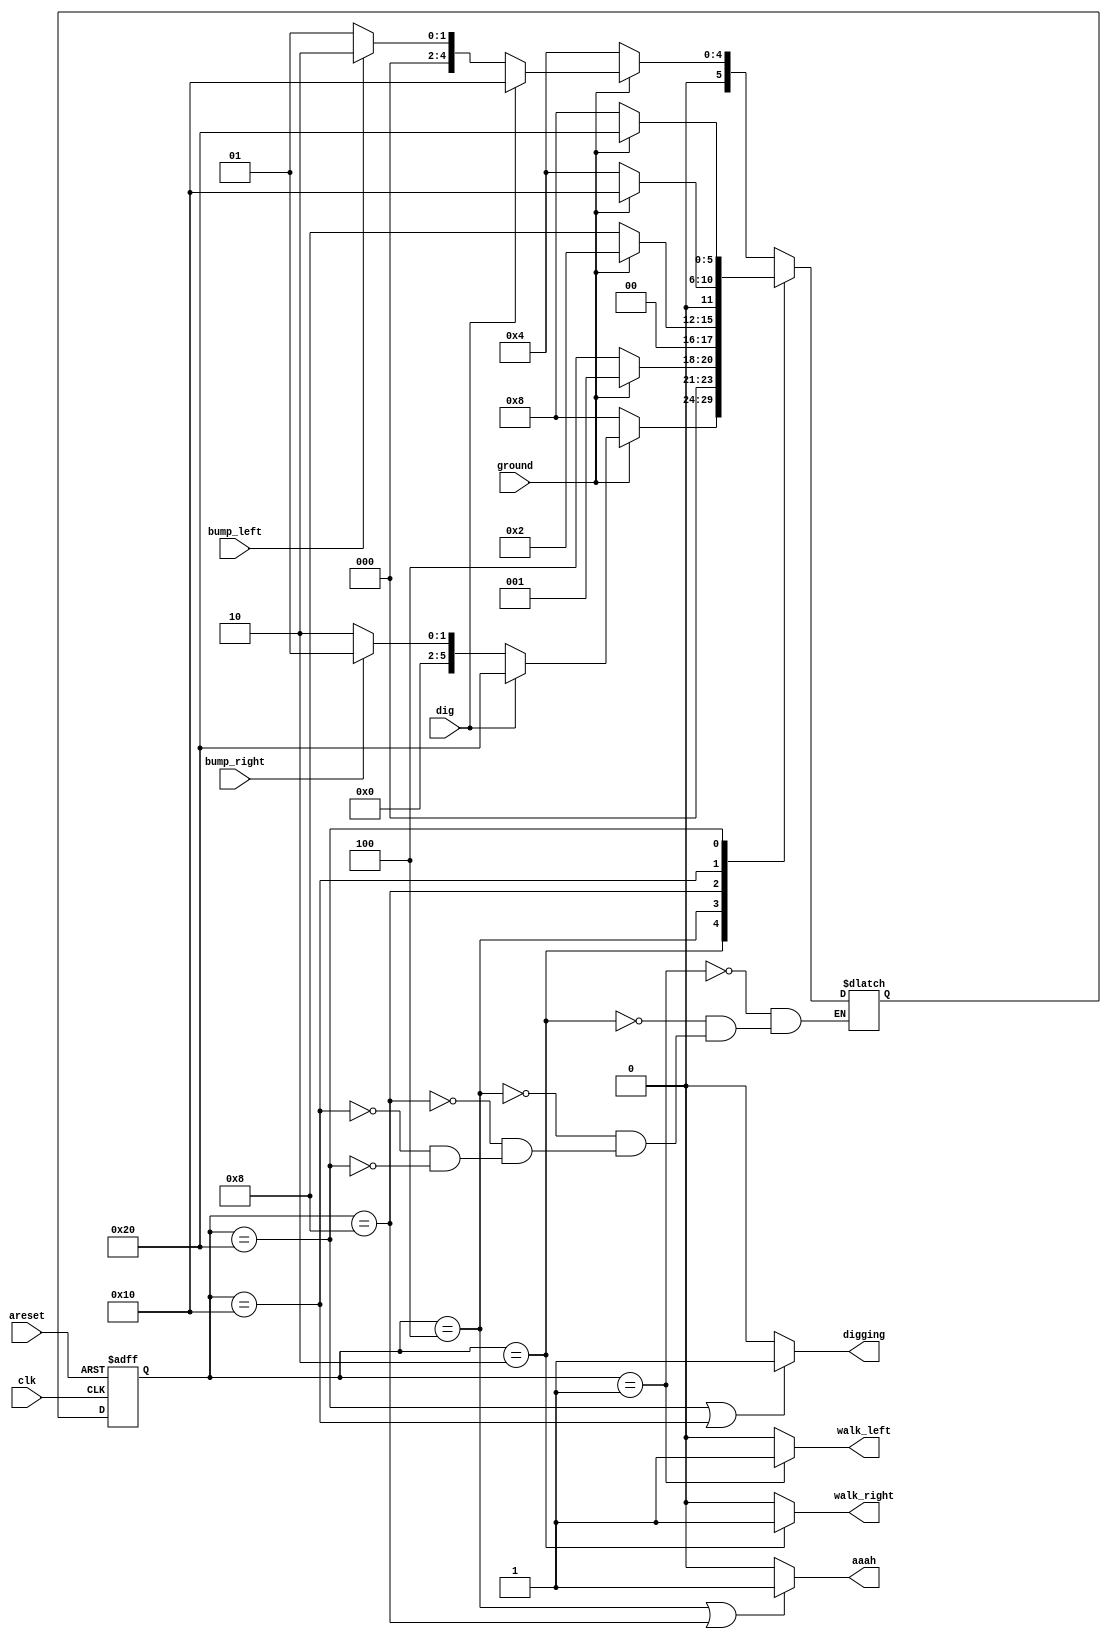
module top_module(
    input clk,
    input areset,    // Freshly brainwashed Lemmings walk left.
    input bump_left,
    input bump_right,
    input ground,
    input dig,
    output walk_left,
    output walk_right,
    output aaah,
    output digging ); 
    parameter state_left=6'b000_001;
    parameter state_right=6'b000_010;
    parameter fall_left=6'b000_100;
    parameter fall_right=6'b001_000;
    parameter dig_left=6'b010_000;
    parameter dig_right=6'b100_000;
    reg[5:0]state;
    reg[5:0]next_state;
    always @(posedge clk or posedge areset) begin
        if (areset) begin
            state<=state_left;
        end
        else begin
            state<=next_state;
        end
    end
    always @(*) begin
        case(state)
            state_left:begin
                if (!ground) begin
                    next_state=fall_left;
                end
                else if (dig)begin
                    next_state=dig_left;
                end
                else if(bump_left)begin
                    next_state=state_right;
                end
                else begin
                    next_state=state_left;
                end
            end
            state_right:begin
                if (!ground) begin
                    next_state=fall_right;
                end
                else if (dig)begin
                    next_state=dig_right;
                end
                else if(bump_right)begin
                    next_state=state_left;
                end
                else begin
                    next_state=state_right;
                end
            end
            fall_left:begin
                next_state=(ground)?state_left:fall_left;
            end
            fall_right:next_state=(ground)?state_right:fall_right;
            dig_left:begin
                if (!ground) begin
                    next_state=fall_left;
                end
                else begin
                    next_state=dig_left;
                end
                /*else if(!dig&ground) begin
                    next_state<=state_left;
                end*/
            end
            dig_right:begin
                if (!ground) begin
                    next_state=fall_right;
                end
                else  begin
                    next_state=dig_right;
                end
                /*else if(!dig&ground) begin
                    next_state<=state_right;
                end*/
            end

        endcase
    end
    assign walk_left = (state==state_left)?1'b1:1'b0;
    assign walk_right = (state==state_right)?1'b1:1'b0;
    assign aaah = (state==fall_left|state==fall_right)?1'b1:1'b0;
    assign digging =(state==dig_right|state==dig_left)?1'b1:1'b0 ;
endmodule